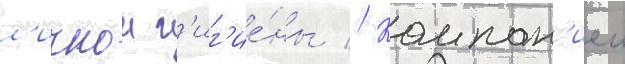
л'ичнои г'иг'ие́ны // Компан'иеи